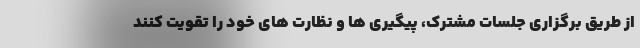
از طریق برگزاری جلسات مشترک، پیگیری ها و نظارت های خود را تقویت کنند